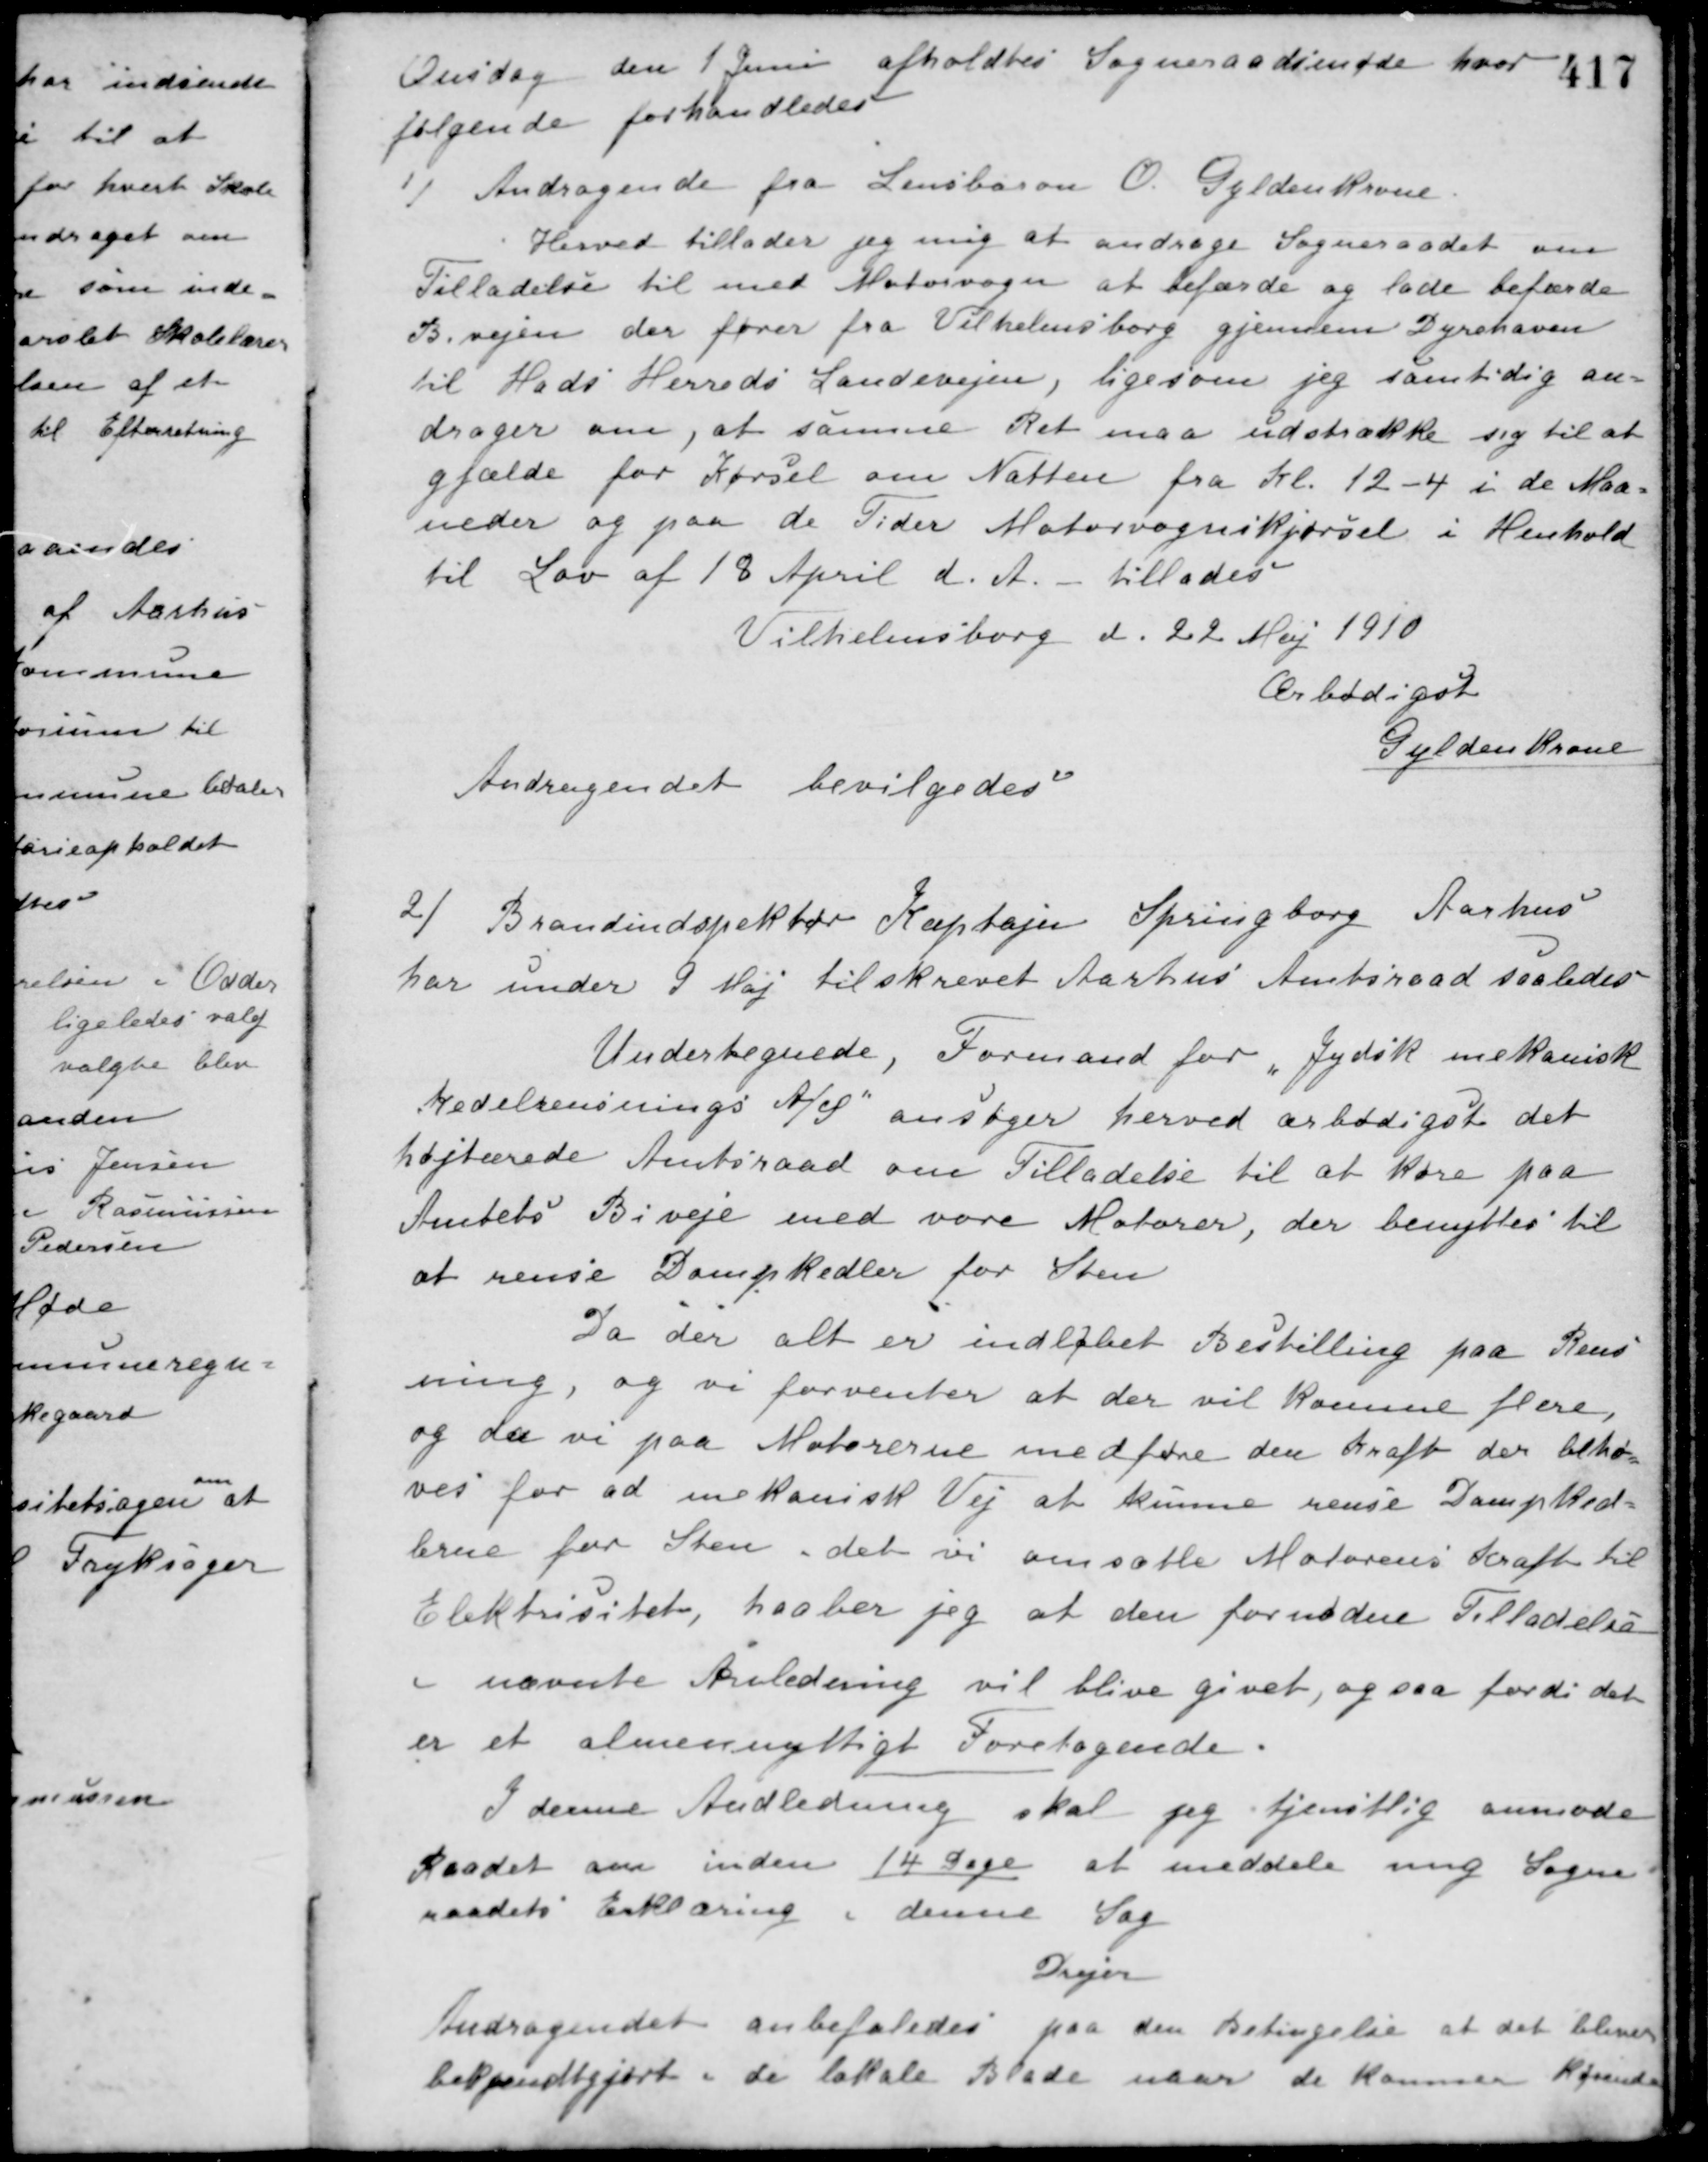
Transskription:
Onsdag den 1 Juni afholdtes Sogneraadsmøde hvor
følgende forhandledes
1/ Andragende fra Lensbaron O. Gyldenkrone
Herved tillader jeg mig at andrage Sogneraadet om
Tilladelse til med Motorvogn at befærde og lade befærde
Bivejen der fører fra Vilhelmsborg gjennem Dyrehaven
til Hads Herreds Landevejen, ligesom jeg samtidig an-
drager om, at samme Ret maa udstrække sig til at
gjælde for Kørsel om Natten fra Kl. 12-4 i de Maa-
neder og paa de Tider Motorvognskjørsel i Henhold
til Lov af 18 April d. A. - tillades
Vilhelmsborg d. 22 Maj 1910
Ærbødigst
Gyldenkrone
Andragendet bevilgedes
2/ Brandinspektør Kaptajn Springborg Aarhus
har under 9 Maj tilskrevet Aarhus Amtsraad saaledes
Undertegnede, Formand for "Jydsk mekanisk
Kedelrensnings A/S" ansøger herved arbødigst det
højtærede Amtsraad om Tilladelse til at køre paa
Amtets Biveje med vore Motorer, der benyttes til
at rense Dampkedler for Sten
Da der alt er indløbet Bestilling paa Rens-
ning, og vi forventer at der vil komme flere,
og da vi paa Motorerne medføre den kraft der behø-
ves for ad mekanisk Vej at kunne rense Dampked-
lerne for Sten, idet vi omsætter Motorens Kraft til
Elektricitet, haaber jeg at den fornødne Tilladelse
i nævnte Anledning vil blive givet, og saa fordi det
er et almennyttigt Foretagende.
I denne Andledning skal jeg tjenstlig anmode
Raadet om inden 14 Dage at meddele mig Sogne-
raadets Erklæring i denne Sag
Drejer
Andragendet anbefaledes paa den Betingelse at det bliver
bekendtgjort i de lokale Blade naar de kommer kørende.